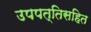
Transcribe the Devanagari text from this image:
उपपत्तिसहित